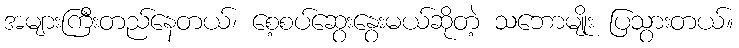
အများကြီးတည်နေတယ်၊ စေ့စပ်ဆွေးနွေးမယ်ဆိုတဲ့ သဘောမျိုး ပြသွားတယ်။